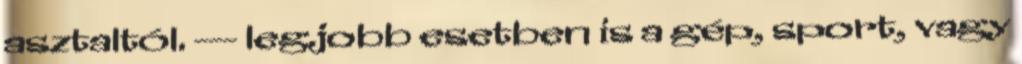
asztaltól. --- legjobb esetben is a gép, sport, vagy